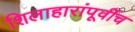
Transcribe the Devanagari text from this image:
शिलाहारांपूर्वीच